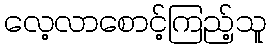
လေ့လာစောင့်ကြည့်သူ